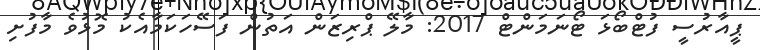
ޕީއާރުސީ ފުޓްބޯޅަ ޓޯނަމަންޓް 2017: މާލޭ ޕްރިޒަން އަތުން ފަސޭހަކަމާއެކު މޮޅުވެ މާފުށި